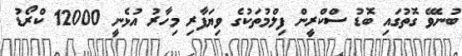
ބުނެވޭ ގޮތުގައި ބޮޑު ސްކްރީން ފިލްމުތަކުގެ ވިޔަފާރި މިހާރު އުޅެނީ 12000 ކްރޯޑު